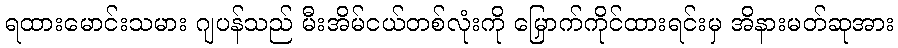
ရထားမောင်းသမား ဂျပန်သည် မီးအိမ်ငယ်တစ်လုံးကို မြှောက်ကိုင်ထားရင်းမှ အိနားမတ်ဆုအား